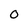
Character: O